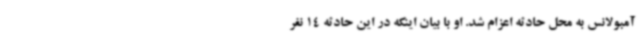
آمبولانس به محل حادثه اعزام شد. او با بیان اینکه در این حادثه 14 نفر